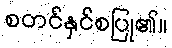
စတင်နှင်စပြု၏။